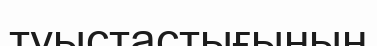
туыстастығының